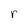
Character: r